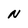
Character: N